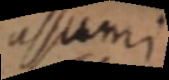
assumi